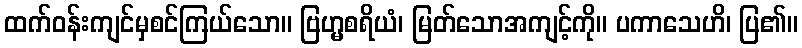
ထက်ဝန်းကျင်မှစင်ကြယ်သော။ ဗြဟ္မစရိယံ၊ မြတ်သောအကျင့်ကို။ ပကာသေဟိ၊ ပြ၏။